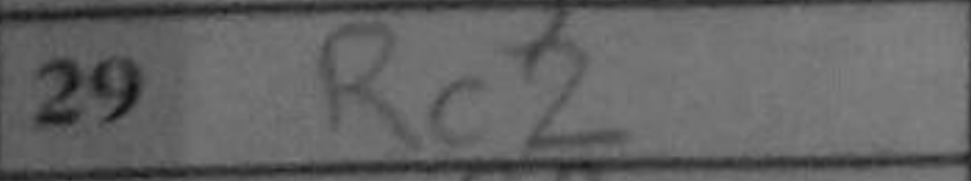
Transcription: Rc2